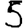
Digit: 5